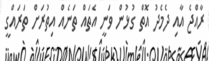
ރާއްޖެ އާއި ދެމެދު އޮތް ގުޅުން ވަނީ އެތައް ތަނެއް އިތުރަށް ތަރައްގީ